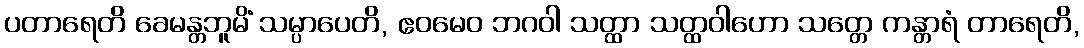
ပတာရေတိ ခေမန္တဘူမိံ သမ္ပာပေတိ, ဧဝမေဝ ဘဂဝါ သတ္ထာ သတ္ထဝါဟော သတ္တေ ကန္တာရံ တာရေတိ,